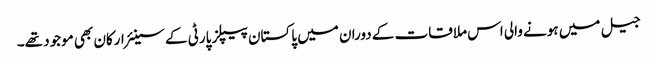
جیل میں ہونے والی اس ملاقات کے دوران میں پاکستان پیپلز پارٹی کے سینئر ارکان بھی موجود تھے۔